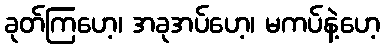
ခုတ်ကြဟေ့၊ အခုအပ်ဟေ့၊ မကပ်နဲ့ဟေ့